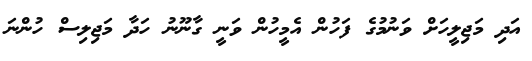
އަދި މަޖިލީހަށް ވަނުމުގެ ފަހުން އެމީހުން ވަނީ ގާނޫނު ހަދާ މަޖިލިސް ހުންނަ